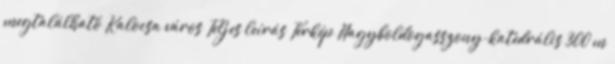
megtalálható Kalocsa város Teljes leírás Térkép Nagyboldogasszony-katedrális 300 m